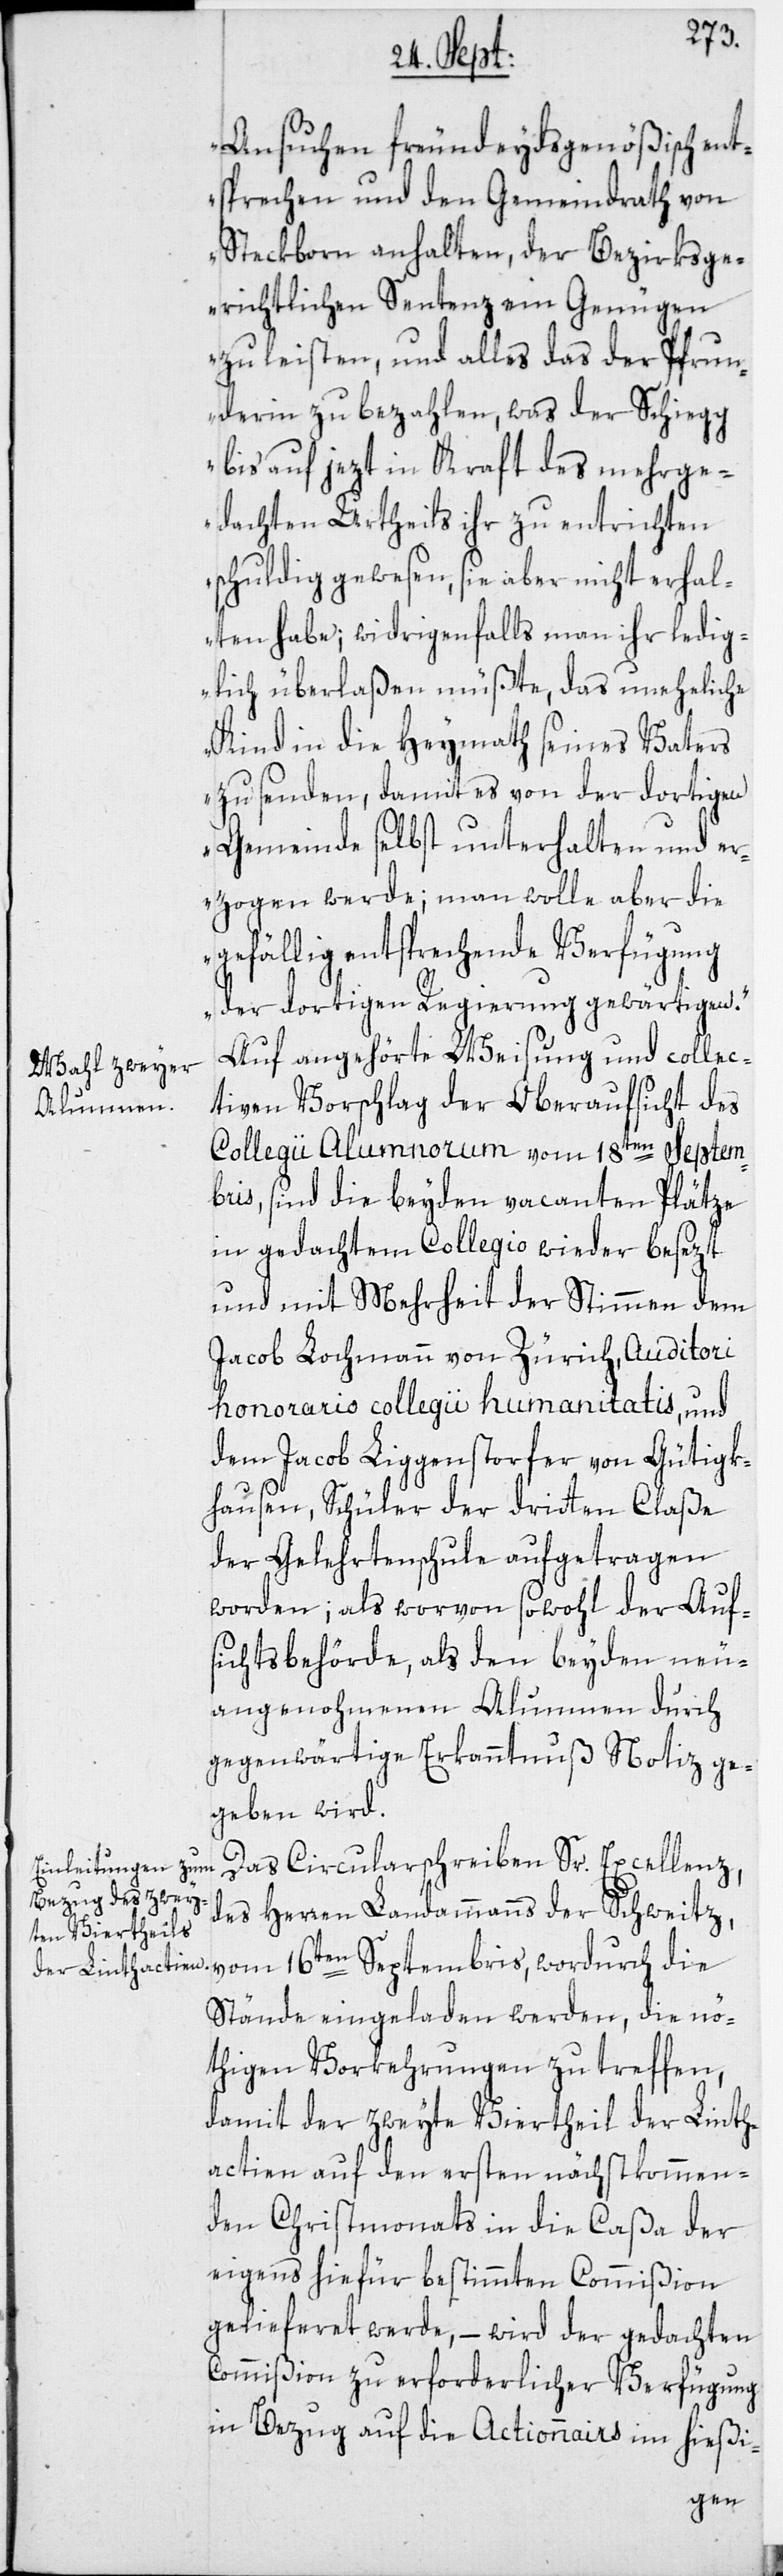
Ansuchen freundeydsgenößisch ent¬
sprechen und den Gemeindrath von
Steckborn anhalten, der Bezirksge¬
richtlichen Sentenz ein Genügen
zu leisten, und alles das der Pfrun¬
derin zu bezahlen, was der Schiegg
bis auf jezt in Kraft des mehrge¬
dachten Urtheils ihr zu entrichten
schuldig gewesen, sie aber nicht erhal¬
ten habe; widrigenfalls man ihr ledig¬
lich überlaßen müßte, das uneheliche
Kind in die Heymath seines Vaters
zu senden, damit es von der dortigen
Gemeinde selbst unterhalten und er¬
zogen werde; man wolle aber die
gefällig entsprechende Verfügung
der dortigen Regierung gewärtigen.“
Auf angehörte Weisung und collec¬
tiven Vorschlag der Oberaufsicht des
Collegii Alumnorum vom 18ten
Septem¬
bris, sind die beyden vacanten Plätze
in gedachtem Collegio wieder besezt
und mit Mehrheit der Stimmen dem
Jacob Lochmann von Zürich, Auditori
honorario collegii humanitatis, und
dem Jacob Liggenstorfer von Gütigk¬
hausen, Schüler der dritten Claße
der Gelehrtenschule aufgetragen
worden; als worvon sowohl der Auf¬
sichtsbehörde, als den beyden neu¬
angenohmenen Alumnen durch
gegenwärtige Erkanntnuß Notiz ge¬
geben wird.
Das Circularschreiben Sr. Excellenz,
des Herren Landammanns der Schweitz,
vom 16ten Septembris, wordurch die
Stände eingeladen werden, die nö¬
thigen Vorkehrungen zu treffen,
damit der zweyte Viertheil der Linth¬
actien auf den ersten nächstkommen¬
den Christmonats in die Caßa der
eigens hiefür bestimmten Commißion
gelieferet werde. – wird der gedachten
Commißion zu erforderlicher Verfügung
in Bezug auf die Actionnairs im hießi-